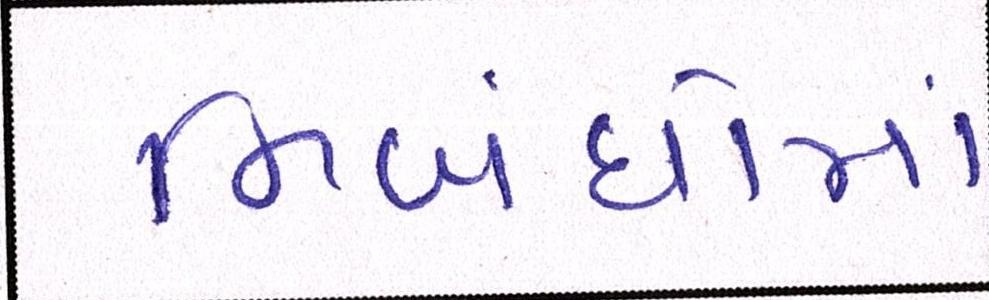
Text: નિબંધોમાં